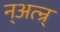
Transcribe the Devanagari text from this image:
न्अत्न्र्